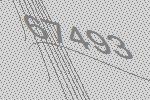
67493